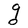
Character: g